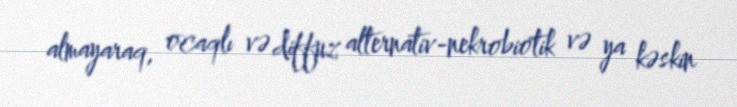
almayaraq, ocaqlı və diffuz alternativ-nekrobiotik və ya kəskin